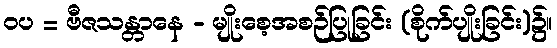
ဝပ = ဗီဇသန္တာနေ - မျိုးစေ့အစဉ်ပြုခြင်း (စိုက်ပျိုးခြင်း)၌။